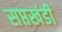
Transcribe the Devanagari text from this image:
सप्तखंडी